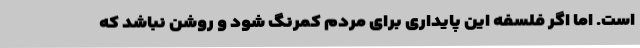
است. اما اگر فلسفه این پایداری برای مردم کمرنگ شود و روشن نباشد که